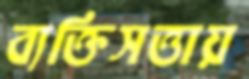
ব্যক্তিসত্তায়